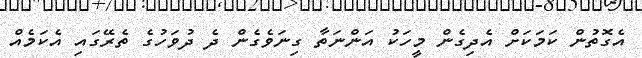
އެގޮތުން ކަމަކަށް އެދިގެން މީހަކު އަންނަތާ ގިނަވެގެން ދެ ދުވަހުގެ ތެރޭގައި އެކަމެއް